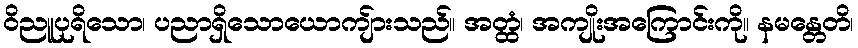
ဝိညူပုရိသော၊ ပညာရှိသောယောကျ်ားသည်။ အတ္ထံ၊ အကျိုးအကြောင်းကို။ နမန္တေတိ၊